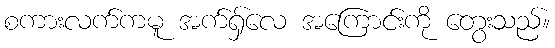
စကားလက်ကမူ အက်ရှ်လေ အကြောင်းကို တွေးသည်။